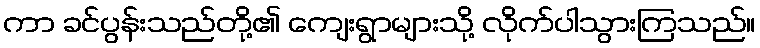
ကာ ခင်ပွန်းသည်တို့၏ ကျေးရွာများသို့ လိုက်ပါသွားကြသည်။